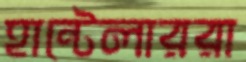
হান্টেলাররা